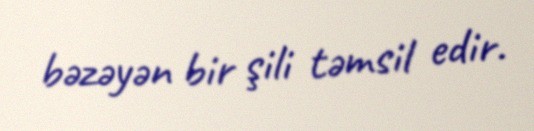
bəzəyən bir şili təmsil edir.